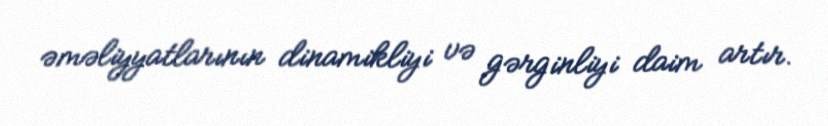
əməliyyatlarının dinamikliyi və gərginliyi daim artır.